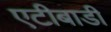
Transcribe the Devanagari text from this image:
एटीबाडी